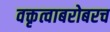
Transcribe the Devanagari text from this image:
वक्तृत्वाबरोबरच